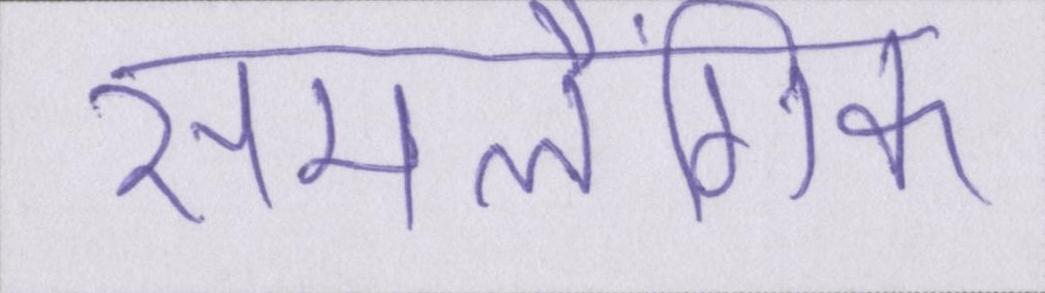
समलैंगिक